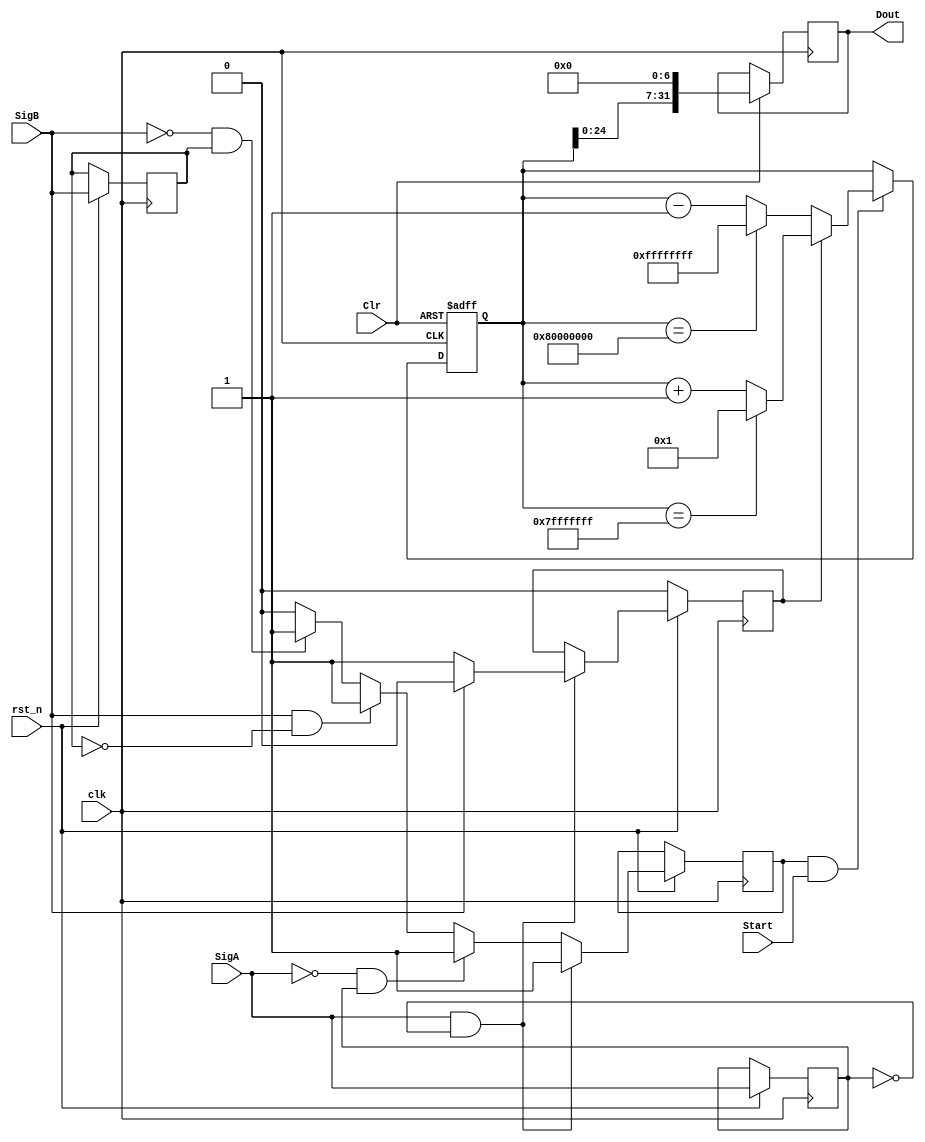
module code(clk,rst_n,SigA,SigB,Start,Clr,Dout);
input clk,rst_n,SigA,SigB,Start,Clr;
output [31:0]Dout;
reg [31:0]Dout,DoutTemp;
reg LastSigA,LastSigB;
reg ClkOut,DirOut;
always @ (posedge clk)
begin
   if (rst_n == 0) 
	   DirOut <= 1'b0;
   else
   begin
       if ((SigA == 1) & (LastSigA == 0)) DirOut <= SigB ? 1'b0 : 1'b1;
       else DirOut <= DirOut;
    
       if ((SigA == 1) & (LastSigA == 0)) ClkOut <= 1'b1;
       else if ((SigA == 0) & (LastSigA == 1)) ClkOut <= 1'b1;
       else if ((SigB == 1) & (LastSigB == 0)) ClkOut <= 1'b1;
       else if ((SigB == 0) & (LastSigB == 1)) ClkOut <= 1'b1;
       else ClkOut <= 1'b0;
       
       LastSigA <= SigA;
       LastSigB <= SigB;
   end  
end

always@(posedge clk or negedge Clr)
begin
   if (Clr == 1'b0) DoutTemp<=0;
   else if (ClkOut & Start)
   begin
     if (DirOut == 1'b1)
     begin
         if (DoutTemp == (32'b1<<31)-1) DoutTemp <= 32'b1;
         else DoutTemp <= DoutTemp +1'b1;
     end
     else
     begin
         if (DoutTemp == (32'b1<<31)) DoutTemp <= -32'b1;
         else DoutTemp <= DoutTemp -1'b1;
     end
     Dout <= DoutTemp << 7;
   end
   else Dout <= DoutTemp << 7;
end

endmodule